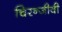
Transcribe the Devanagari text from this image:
चिरन्जीवी